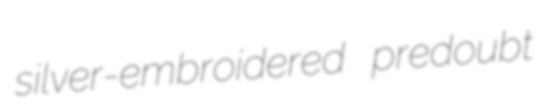
silver-embroidered predoubt